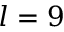
l = 9